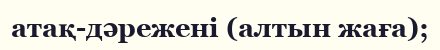
атақ-дәрежені (алтын жаға);